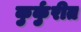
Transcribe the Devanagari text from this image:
कुर्कुरीत